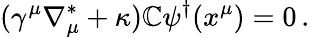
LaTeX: (\gamma^{\mu}\nabla_{\mu}^{\ast}+\kappa)\mathbb{C}\psi^{\dagger}(x^{\mu})=0\, .